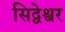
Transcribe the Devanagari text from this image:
सिद्वेश्वर